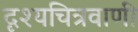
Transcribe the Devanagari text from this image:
दृश्यचित्रवाणी